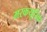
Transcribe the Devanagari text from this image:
मरकयूरिक